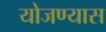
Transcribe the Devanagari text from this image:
योजण्यास